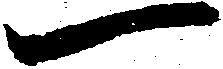
一